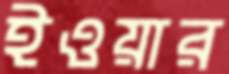
ইওয়ার